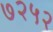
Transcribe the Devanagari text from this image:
७२५२